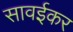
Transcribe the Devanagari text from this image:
सावईकर